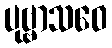
ပုဗ္ဗာသဝေ